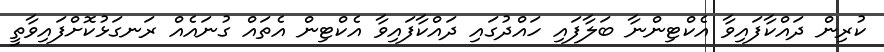
ކުރިން ދައްކާފައިވާ އެކްޓިންނާ ބަލާފައި ހައްދުގައި ދައްކާފައިވާ އެކްޓިން އެތައް ގުނައެެއް ރަނގަޅުކޮށްފައިވާތީ